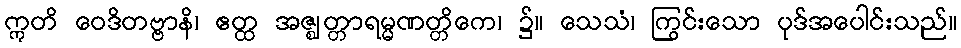
ဣတိ ဝေဒိတဗ္ဗာနိ၊ ဧတ္ထ အဇ္ဈတ္တာရမ္မဏတ္တိကေ၊ ၌။ သေသံ၊ ကြွင်းသော ပုဒ်အပေါင်းသည်။